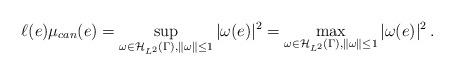
LaTeX: \begin{align*}\ell(e)\mu_{can}(e)=\sup_{\omega\in \mathcal{H}_{L^2}(\Gamma), \|\omega\|\leq 1}|\omega(e)|^2=\max_{\omega\in \mathcal{H}_{L^2}(\Gamma), \|\omega\|\leq 1}|\omega(e)|^2 \, .\end{align*}